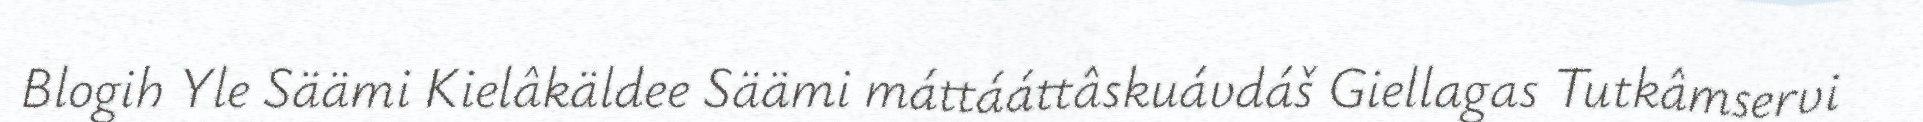
Blogih Yle Säämi Kielâkäldee Säämi máttááttâskuávdáš Giellagas Tutkâmservi